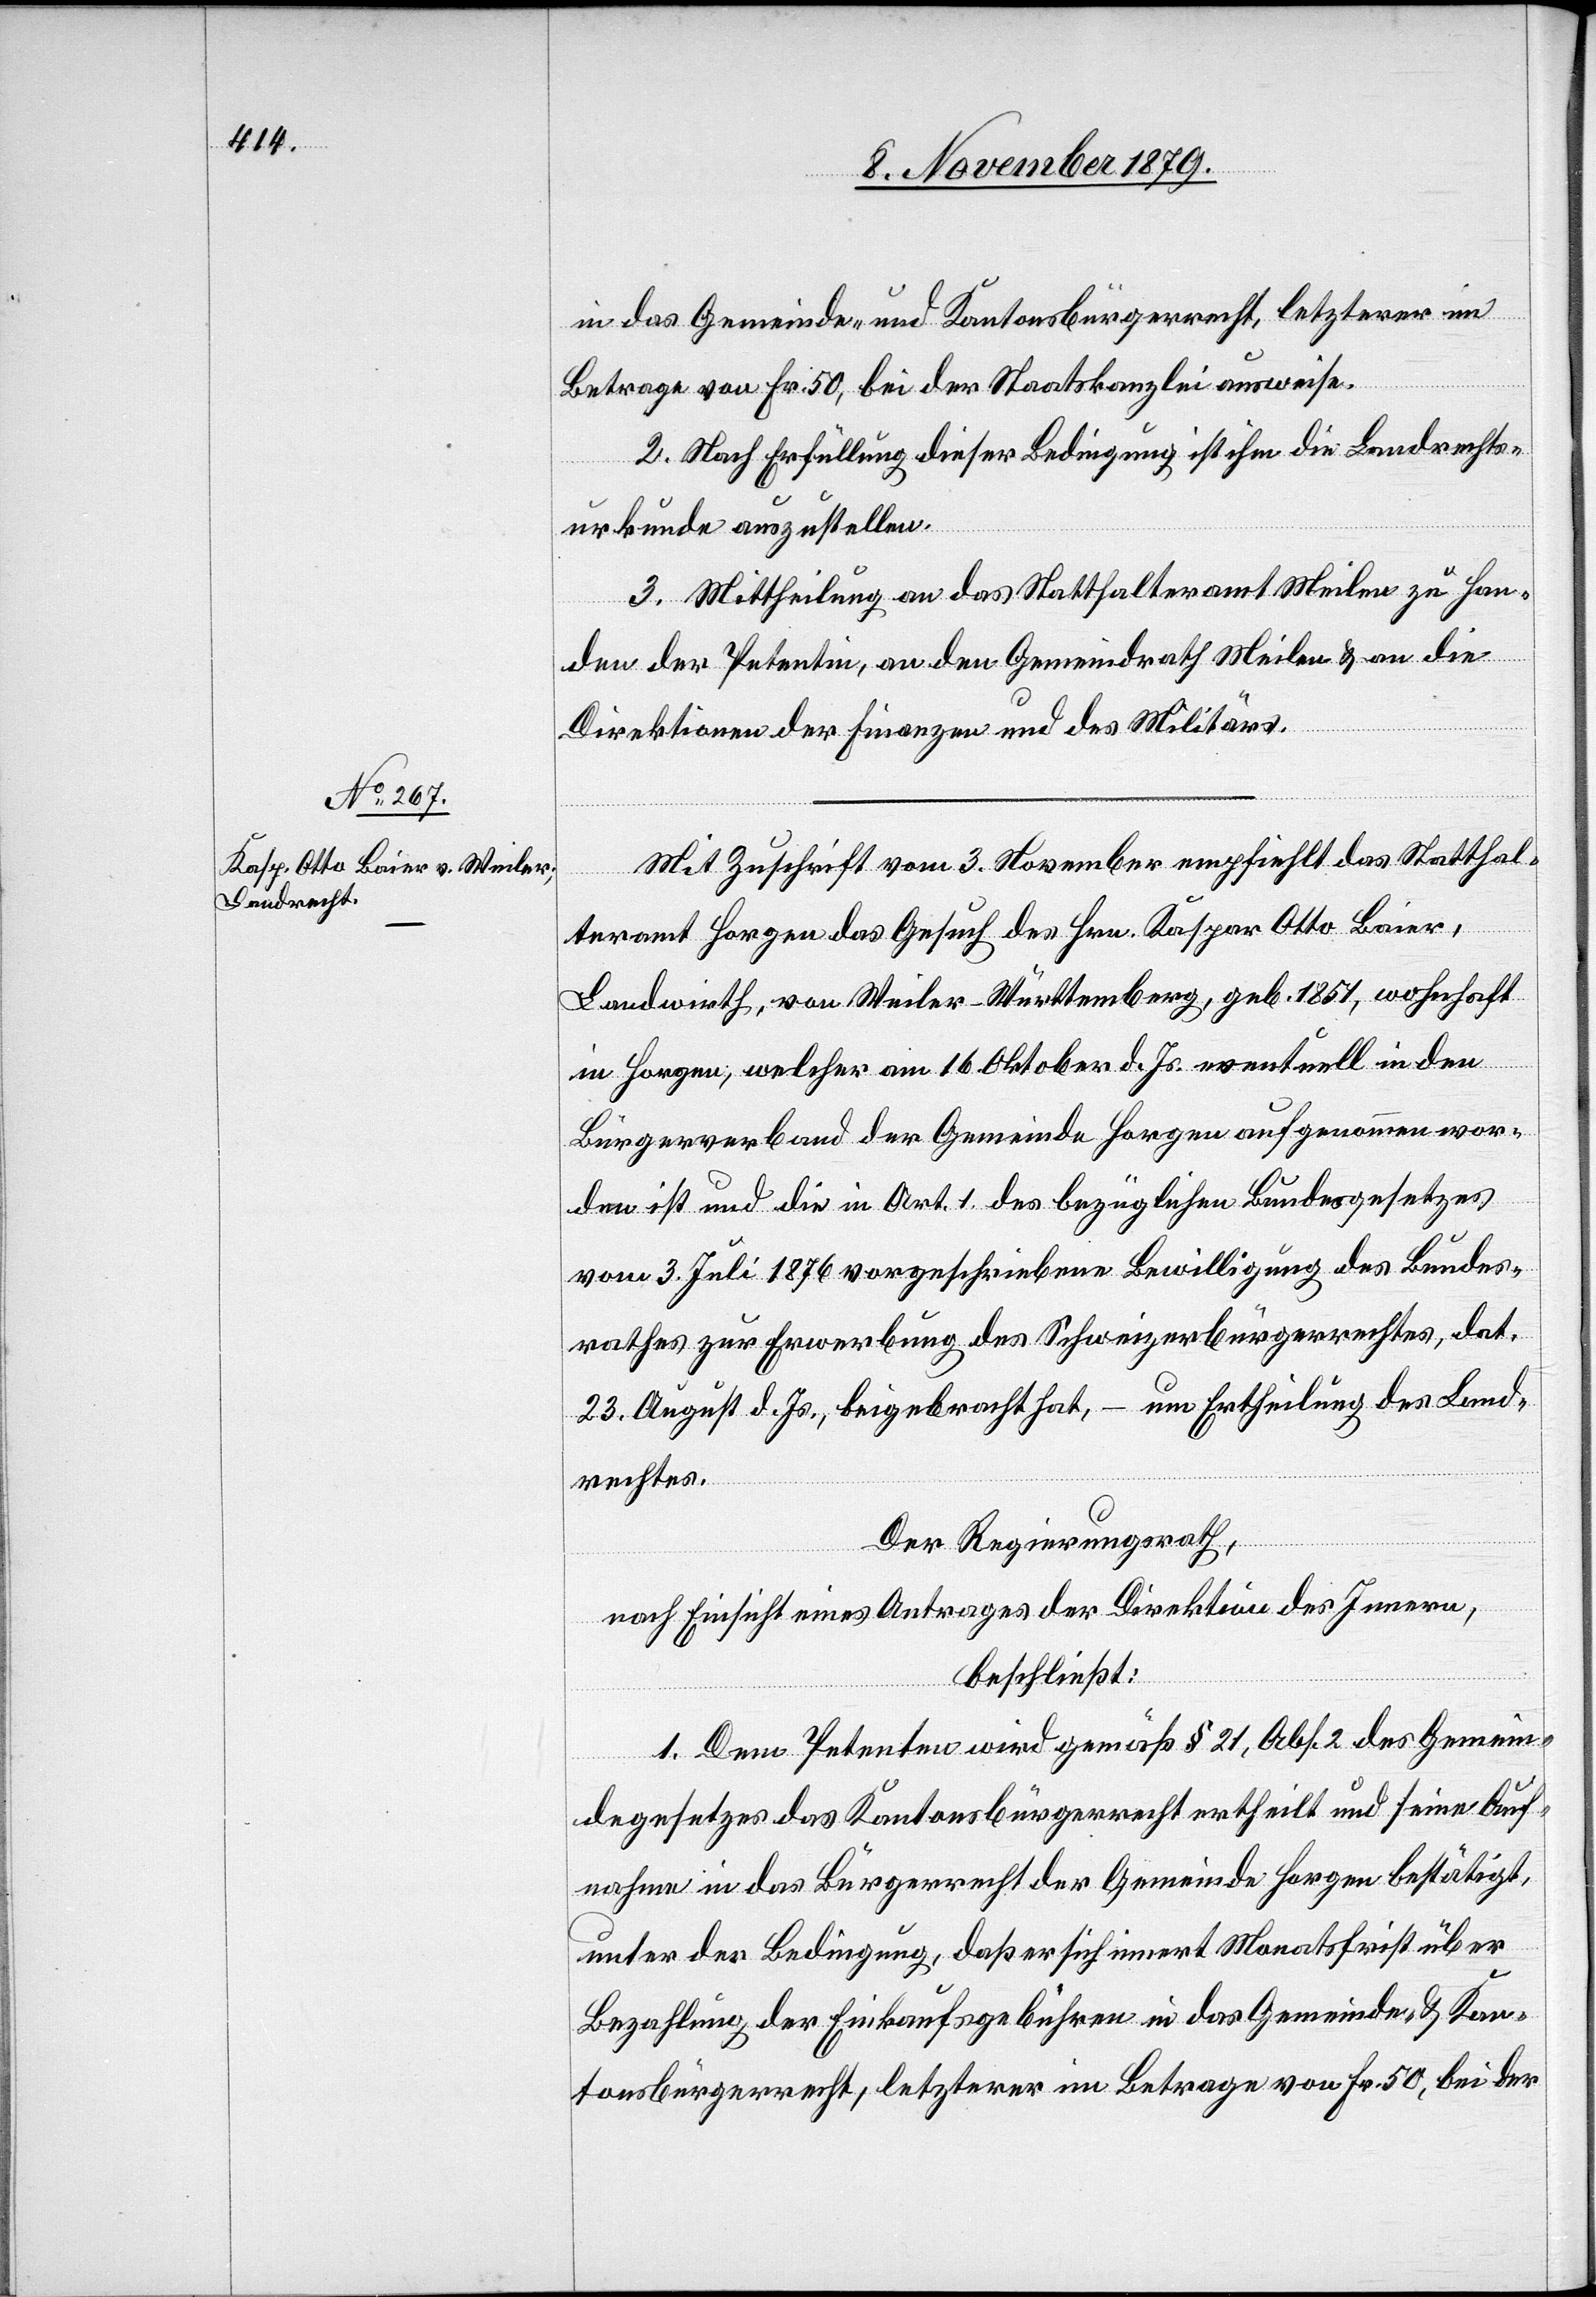
in das Gemeinde- und Kantonsbürgerrecht, letzterer im
Betrage von Fr. 50, bei der Staatskanzlei ausweise.
2. Nach Erfüllung dieser Bedingung ist ihm die Landrechts¬
urkunde auszustellen.
3. Mittheilung an das Statthalteramt Meilen zu Han¬
den der Petentin, an den Gemeindrath Meilen & an die
Direktionen der Finanzen und des Militärs.
Mit Zuschrift vom 3. November empfiehlt das Statthal¬
teramt Horgen das Gesuch des Hrn. Kaspar Otto Laier,
Landwirth, von Weiler - Württemberg, geb. 1851, wohnhaft
in Horgen, welcher am 16. Oktober d. Js. eventuell in den
Bürgerverband der Gemeinde Horgen aufgenommen wor¬
den ist und die in Art. 1 des bezüglichen Landesgesetzes
vom 3. Juli 1876 vorgeschriebene Bewilligung des Bundes¬
rathes zur Erwerbung des Schweizerbürgerrechtes, dat.
23. August d. Js., beigebracht hat, – um Ertheilung des Land¬
rechtes.
Der Regierungsrath,
nach Einsicht eines Antrages der Direktion des Innern,
beschließt:
1. Dem Petenten wird gemäß § 21, Abs. 2 des Gemein¬
degesetzes das Kantonsbürgerrecht ertheilt und seine Auf¬
nahme in das Bürgerrecht der Gemeinde Horgen bestätigt,
unter der Bedingung, daß er sich innert Monatsfrist über
Bezahlung der Einkaufsgebühren in das Gemeinde- & Kan¬
tonsbürgerrecht, letzterer im Betrage von Fr. 50, bei der